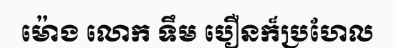
ម៉ោង លោក ទឹម បឿនក៏ប្រហែល